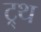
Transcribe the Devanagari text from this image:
ट्र्थ